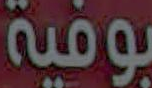
بوفية